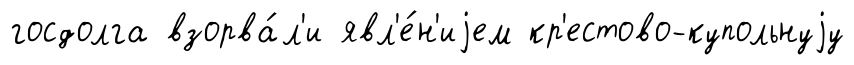
госдолга взорва́л'и явл'е́н'иjем кр'естово-купольнуjу